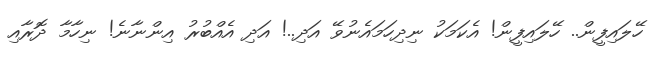
ހޭލައިފީން.. ހޭލައިފީން! އެކަމަކު ނިދިހަމައެނުވޭ އަދި..! އަދި އެއްބުރު އިންނާނެ! ނިހާމާ ދޮރާއި